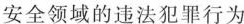
安全领域的违法犯罪行为